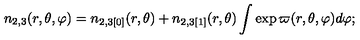
n _ { 2 , 3 } ( r , \theta , \varphi ) = n _ { 2 , 3 [ 0 ] } ( r , \theta ) + n _ { 2 , 3 [ 1 ] } ( r , \theta ) \int \exp \varpi ( r , \theta , \varphi ) d \varphi ;